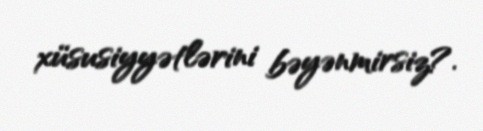
xüsusiyyətlərini bəyənmirsiz?.